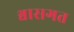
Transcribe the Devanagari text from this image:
श्वासगत